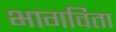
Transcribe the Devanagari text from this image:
भागविता